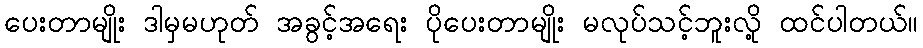
ပေးတာမျိုး ဒါမှမဟုတ် အခွင့်အရေး ပိုပေးတာမျိုး မလုပ်သင့်ဘူးလို့ ထင်ပါတယ်။